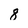
Character: 8